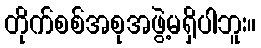
တိုက်စစ်အစုအဖွဲ့မရှိပါဘူး။